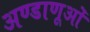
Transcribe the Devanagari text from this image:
अण्डाणूओं